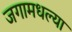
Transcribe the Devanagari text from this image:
जगामधल्या